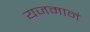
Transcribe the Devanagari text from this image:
यजमानं